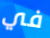
في